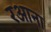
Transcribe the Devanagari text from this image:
रआना